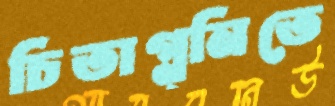
চিতাগ্ন্নিতে